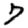
Digit: 7